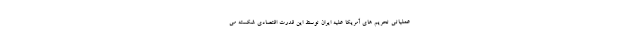
عملیاتی تحریم های آمریکا علیه ایران توسط این قدرت اقتصادی شکسته می